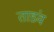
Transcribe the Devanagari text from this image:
ताडंव